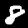
Digit: 8